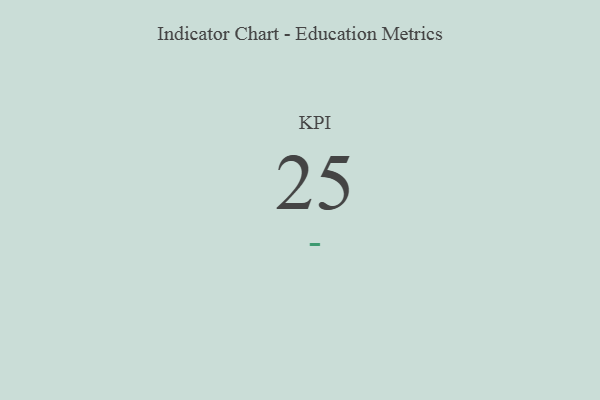
{"axis": {"x": "KPI", "y": "Value"}, "legend": [""], "data": [{"x": "KPI", "y": 25, "type": ""}]}